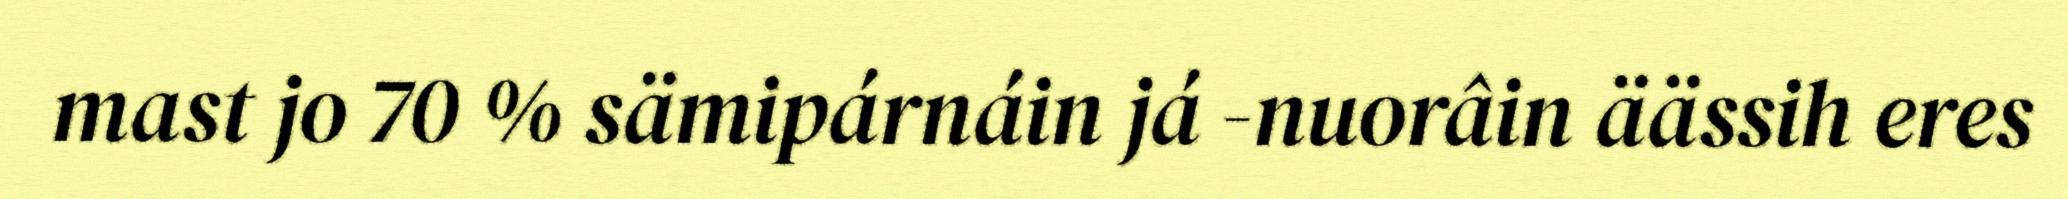
mast jo 70 % sämipárnáin já -nuorâin äässih eres